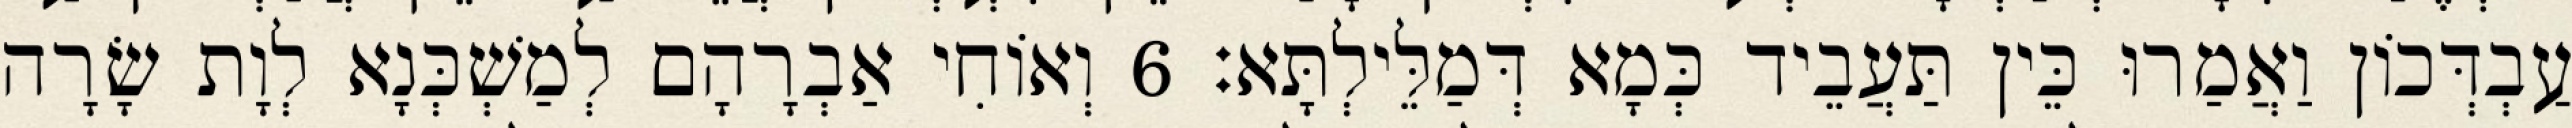
עַבְדְּכוֹן וַאֲמַרוּ כֵּין תַּעֲבֵיד כְּמָא דְּמַלֵּילְתָּא׃ 6 וְאוֹחִי אַבְרָהָם לְמַשְׁכְּנָא לְוָת שָׂרָה